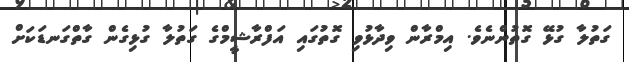
ގަތުލާ ގުޅޭ ގޮތުންނެވެ. އިމްރާން ވިދާޅުވި ގޮތުގައި އަފްރާޝީމްގެ ގަތުލާ ގުޅިގެން ގާތްގަނޑަކަށް